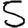
Digit: 5